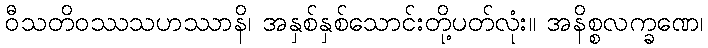
ဝီသတိဝဿသဟဿာနိ၊ အနှစ်နှစ်သောင်းတို့ပတ်လုံး။ အနိစ္စလက္ခဏေ၊